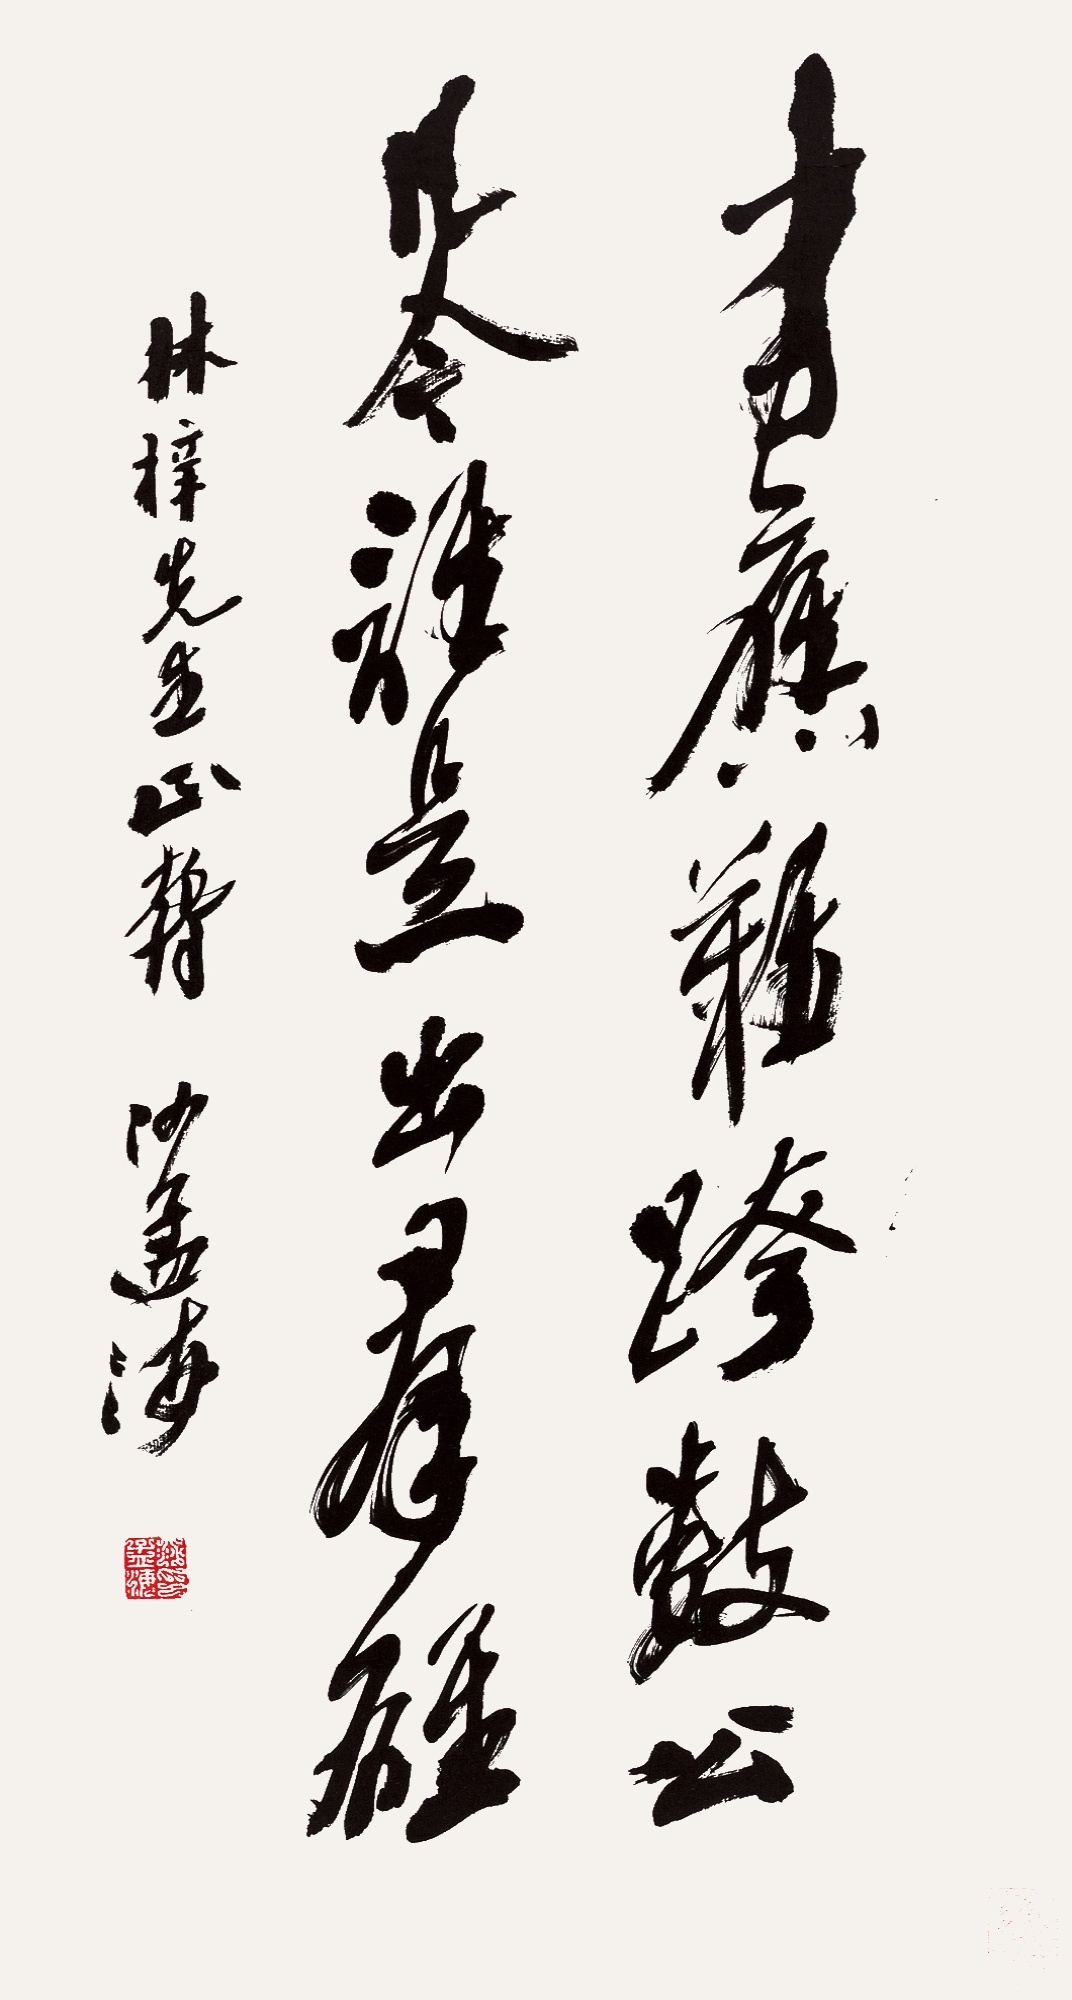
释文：才力应难夸数公，凡今谁是出群雄。林梓先生正腕，沙孟海。